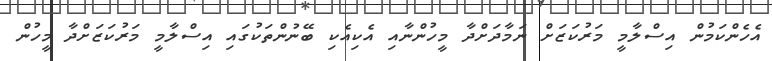
އެހެންކަމުން އިސްލާމީ މަރުކަޒަށް ނަމާދަށްދާ މީހުންނާއި އެކިއެކި ބޭނުންތަކުގައި އިސްލާމީ މަރުކަޒަށްދާ މީހުން